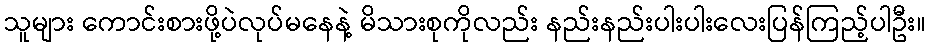
သူများ ကောင်းစားဖို့ပဲလုပ်မနေနဲ့ မိသားစုကိုလည်း နည်းနည်းပါးပါးလေးပြန်ကြည့်ပါဦး။